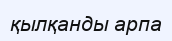
қылқанды арпа